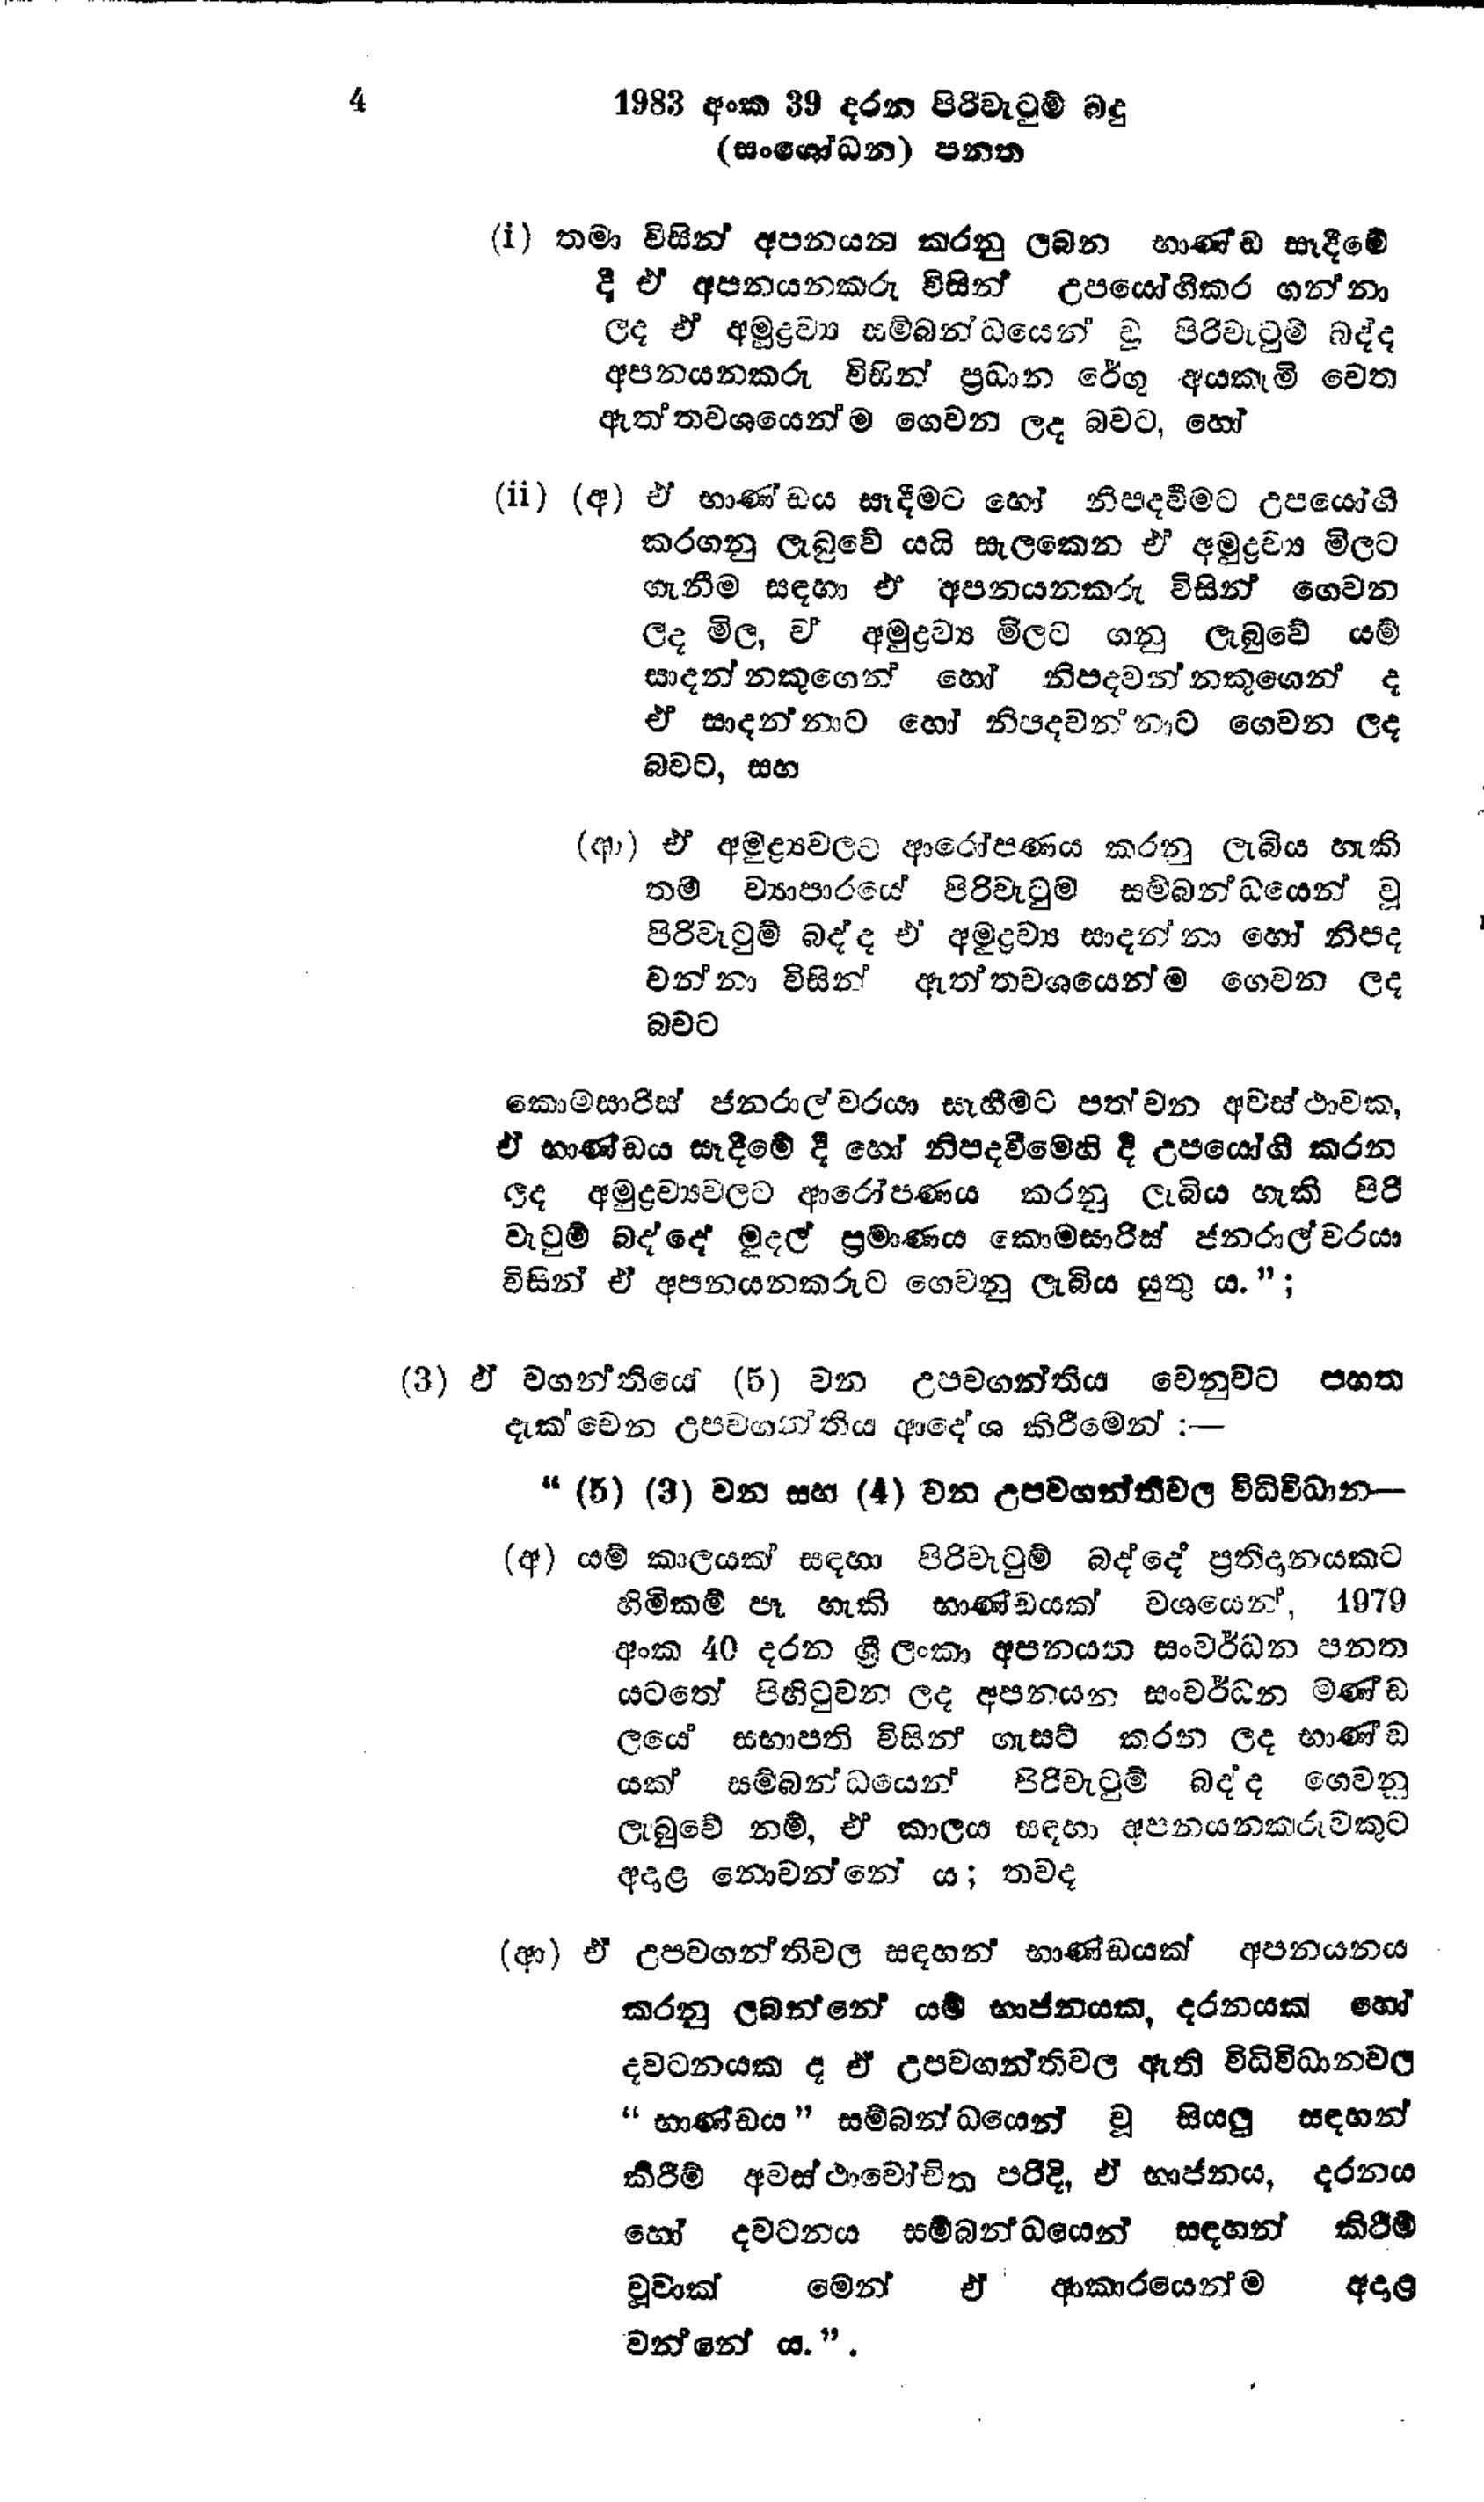
4 1983 අංක 39 දරන පිරිවැටුම් බදු
(සංශෝධන) පනත

(1) තමා විසින් අපනයන කරනු ලබන භාණ්ඩ සෑදීමේ
දී ඒ අපනයනකරු විසින් උපයෝගීකර ගන්නා
ලද ඒ අමුද්‍රව්‍ය සම්බන්ධයෙන් වූ පිරිවැටුම් බද්ද
අපනයනකරු විසින් ප්‍රධාන රේගු අයකැමි වෙත
ඇත්ත වශයෙන්ම ගෙවන ලද බවට, හෝ

(ii) (අ) ඒ භාණ්ඩය සෑදීමට හෝ නිපදවීමට උපයෝගි
කරගනු ලැබුවේ යයි සැලකෙන ඒ අමුද්‍රව්‍ය මිලට
ගැනීම සඳහා ඒ අපනයනකරු විසින් ගෙවන
ලද මිල,ව අමුද්‍රව්‍ය මිලට ගනු ලැබුවේ යම්
සාදන්නකුගෙන් හෝ නිපදවන්නකුගෙන් ද
ඒ සාදන්නාට හෝ නිපදවන්නාට ගෙවන ලද
බවට, සහ

(ආ) ඒ අමුළ්‍යවලට ආරෝපණය කරනු ලැබිය හැකි
නම් ව්‍යාපාරයේ පිරිවැටුම සම්බන්ධයෙන් වූ
පිරිවැටුම් බද්ද එ් අමුද්‍රව්‍ය සාදන්නා හෝ නිපද
වන්නා විසින් ඇත්ත වශයෙන්ම ගෙවන ලද
බවට

කොමසාරිස් ජනරාල්වරයා සෑහීමට පත්වන අවස්ථාවක,
ඒ භාණ්ඩය සෑදීමේ දී හෝ නිපදවීමෙහි දී උපයෝගී කරන
ලද අමුද්‍රව්‍යවලට ආරෝපණය කරනු ලැබිය හැකි පිරි
වැටුම් බද්දේ මුදල් ප්‍රමාණය කොමසාරිස් ජනරාල්වරයා
විසින් ඒ අපනයනකරුට ගෙවනු ලැබිය යුතු ය.";

(3) ඒ වගන්තියේ (5) වන උපවගන්තිය වෙනුවට පහත
දැක්වෙන උපවගන්තිය ආදේශ කිරීමෙන් :-

"(5) (3) වන සහ (4) වන උපවගන්තිවල විධිවිධාන -

(අ) යම් කාලයක් සඳහා පිරිවැටුම් බද්දේ ප්‍රතිදානයකට
හිමිකම් පෑ හැකි භාණ්ඩයක් වශයෙන්, 1979
අංක 40 දරන ශ්‍රී ලංකා අපනයන සංවර්ධන පනත
යටතේ පිහිටුවන ලද අපනයන සංවර්ධන මණ්ඩ
ලයේ සභාපති විසින් ගැසට් කරන ලද භාණ්ඩ
යක් සම්බන්ධයෙන් පිරිවැටුම් බද්ද ගෙවනු
ලැබුවේ නම්, ඒ කාලය සඳහා අපනයනකරුවකුට
අදාළ නොවන්නේ ය; තවද

(ආ) ඒ උපවගන්තිවල සඳහන් භාණ්ඩයක් අපනයනය
කරනු ලබන්නේ යම් භාජනයක, දරනයක් හෝ
දවටනයක ද ඒ උපවගන්තිවල ඇති විධිවිධානවල
"භාණ්ඩය" සම්බන්ධයෙන් වූ සියලු සඳහන්
කිරීම් අවස්ථාවෝචිත පරිදි, ඒ භාජනය, දරනය
හෝ දවටනය සම්බන්ධයෙන් සඳහන් කිරීම්
වූවාක් මෙන් ඒ ආකාරයෙන්ම අදාළ
වන්නේ ය.".